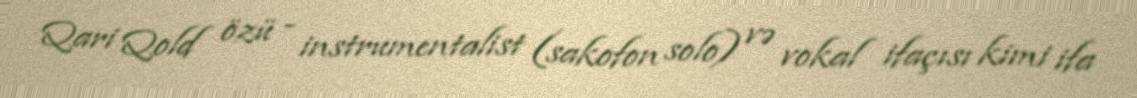
Qari Qold özü - instrumentalist (sakofon solo) və vokal ifaçısı kimi ifa